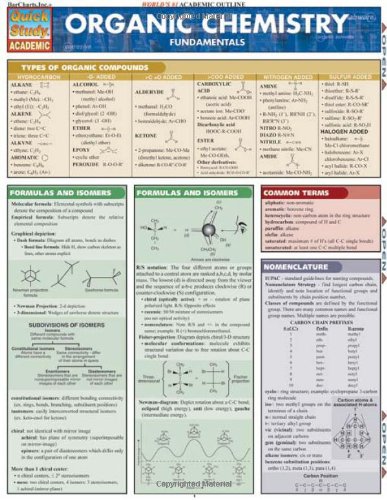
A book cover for Organic Chemistry Fundamentals (Quickstudy: Academic); Inc. BarCharts; Science & Math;